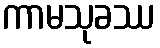
ကာမသုခဿ